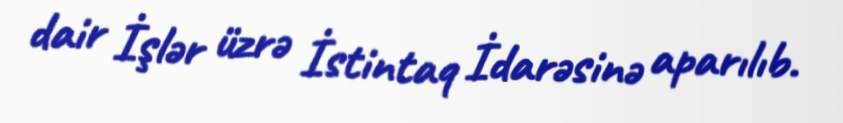
dair İşlər üzrə İstintaq İdarəsinə aparılıb.